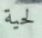
لحية